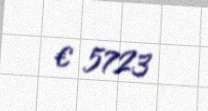
€ 5723